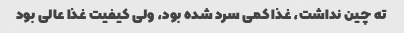
ته چین نداشت، غذا کمی سرد شده بود، ولی کیفیت غذا عالی بود